Annual report of the Punjab Veterinary College and of the Civil Veterinary Department, Punjab - 1909-1919
Year: 1909
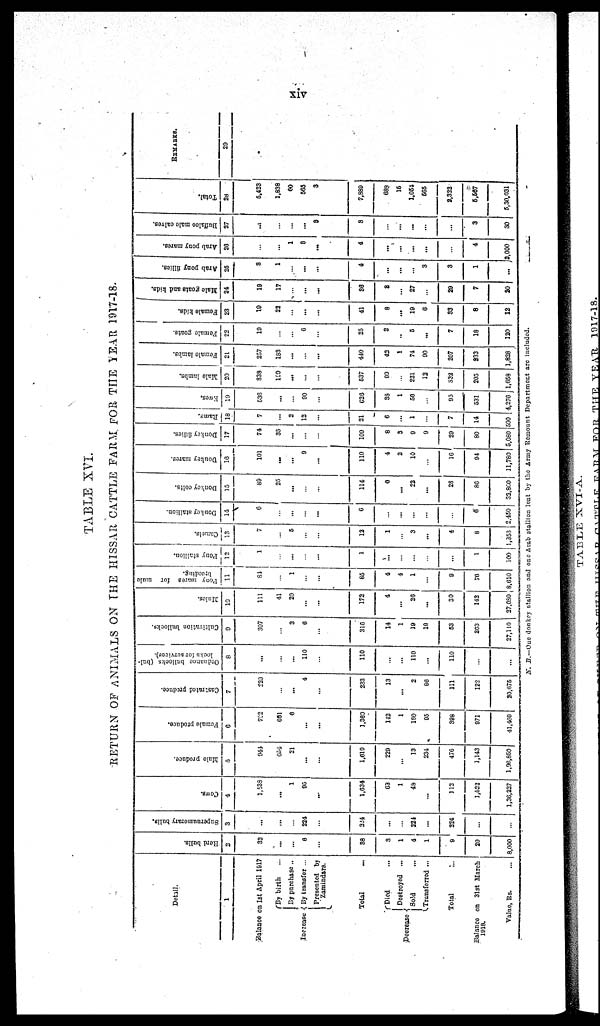
xiv
TABLE XVI.
RETURN OF ANIMALS ON THE HISSAR CATTLE FARM. FOR THE YEAR 1917-18.
Detail.
1
Balance on 1st April 1917
Increase
By birth
...
By purchase ..
By transfer ...
Presented by
Zamindars.
Total ...
Decrease
Died ...
Destroyed ...
Sold ...
Transferred ...
Total ...
Balance on 31st March
1918.
Value, Rs. ...
Herd bulls.
2
32
...
...
6
...
38
3
1
4
1
9
20
8,000
Supernumerary bulls.
3
...
...
...
224
...
324
...
...
224
...
224
...
...
Cows.
4
1,538
...
1
95
...
1,634
63
1
48
...
112
1,623
1,36,237
Male produce.
5
944
654
21
...
...
1,619
229
...
13
234
476
1,143
1,90,850
Female produce.
6
702
661
6
...
...
1,360
112
1
180
95
398
971
41,409
Castrated produce.
7
229
...
...
4
...
233
13
...
2
96
111
122
20,675
Ordnance bullocks (bul-
locks for services).
8
...
...
...
110
...
110
...
...
110
...
110
...
...
Cultivation
bullocks.
9
307
...
3
6
...
316
14
1
19
19
53
203
27,110
Mules.
10
111
41
20
...
...
172
4
...
20
...
30
142
27,080
Pony
mares for mule
breeding.
11
81
...
1
...
85
4
4
1
...
9
70
8,610
Pony stallion.
12
1
...
...
...
...
1
...
...
...
...
...
1
100
Camels.
13
7
...
5
...
...
12
1
...
3
...
4
8
1,358
Donkey stallion.
14
6
...
...
...
...
6
...
...
...
...
...
6
2,450
Donkey colts.
15
89
25
...
...
...
114
0
...
22
...
28
86
32,800
Donkey mares.
16
101
...
...
9
...
110
4
2
10
...
16
94
11,780
Donkey fillies.
17
74
35
...
...
...
109
8
3
9
9
29
80
5,080
Rams.
18
7
...
2
12
...
21
6
...
1
...
7
14
500
Ewes.
19
536
...
...
90
...
626
38
1
56
...
95
531
4,276
Male lambs.
20
338
199
...
...
...
537
99
...
221
12
332
203
1,658
Female lambs.
21
257
183
...
...
...
440
42
1
74
90
207
233
1,828
Female goats.
22
19
...
...
6
...
25
2
..
5
...
7
18
120
Female kids.
23
10
22
...
...
...
41
8
...
19
6
33
8
12
Male
goats and kids.
24
19
17
...
...
...
36
8
...
27
...
29
7
20
Arab pony fillies.
25
8
1
...
...
...
4
...
...
...
3
3
1
...
Arab pony mares.
26
...
...
1
8
...
4
...
...
...
...
...
4
5,000
Buffaloo male calves.
27
...
...
...
...
8
3
...
...
...
...
...
3
30
Total.
28
5,423
1,838
60
563
3
7,889
688
16
1,054
565
2,323
5,667
5,30,031
REMARKS.
29
N. B.-One donkey stallion and one Arab stallion lent by the Army Remount Department are included.